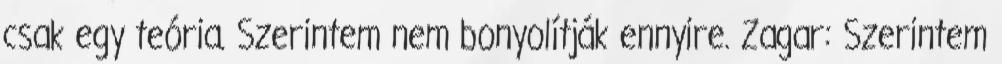
csak egy teória. Szerintem nem bonyolítják ennyire. Zagar: Szerintem